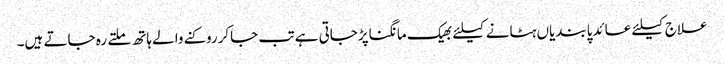
علاج کیلئے عائدپابندیاں ہٹانے کیلئے بھیک مانگناپڑجاتی ہے تب جاکرروکنے والے ہاتھ ملتے رہ جاتے ہیں۔